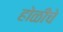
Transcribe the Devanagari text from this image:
होळीचे